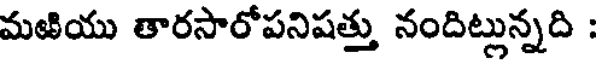
మఱియు తారసారోపనిషత్తు నందిట్లున్నది :